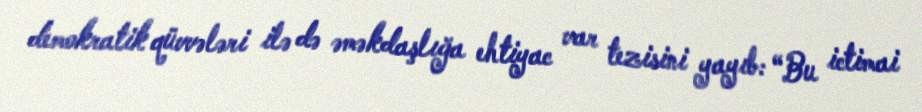
demokratik qüvvələri ilə də əməkdaşlığa ehtiyac var tezisini yayıb: “Bu ictimai